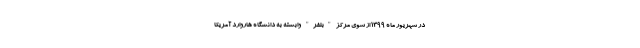
در شهریور ماه 1399 از سوی مرکز "بلفر" وابسته به دانشگاه هاروارد آمریکا